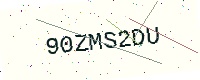
Text: 90ZMS2DU